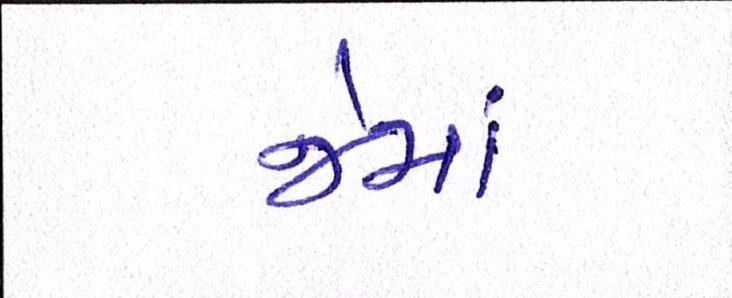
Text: જેમાં